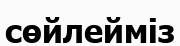
сөйлейміз